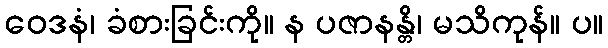
ဝေဒနံ၊ ခံစားခြင်းကို။ န ပဇာနန္တိ၊ မသိကုန်။ ပ။